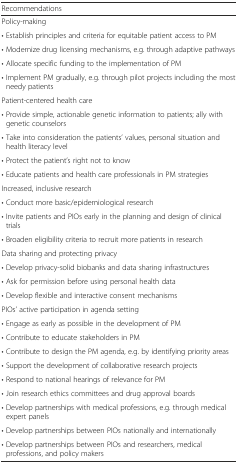
| Recommendations |
 | --- |
 | Policy-making |
 | • Establish principles and criteria for equitable patient access to PM |
 | • Modernize drug licensing mechanisms, e.g. through adaptive pathways |
 | • Allocate specific funding to the implementation of PM |
 | • Implement PM gradually, e.g. through pilot projects including the most needy patients |
 | Patient-centered health care |
 | • Provide simple, actionable genetic information to patients; ally with genetic counselors |
 | • Take into consideration the patients’ values, personal situation and health literacy level |
 | • Protect the patient’s right not to know |
 | • Educate patients and health care professionals in PM strategies |
 | Increased, inclusive research |
 | • Conduct more basic/epidemiological research |
 | • Invite patients and PIOs early in the planning and design of clinical trials |
 | • Broaden eligibility criteria to recruit more patients in research |
 | Data sharing and protecting privacy |
 | • Develop privacy-solid biobanks and data sharing infrastructures |
 | • Ask for permission before using personal health data |
 | • Develop flexible and interactive consent mechanisms |
 | PIOs’ active participation in agenda setting |
 | • Engage as early as possible in the development of PM |
 | • Contribute to educate stakeholders in PM |
 | • Contribute to design the PM agenda, e.g. by identifying priority areas |
 | • Support the development of collaborative research projects |
 | • Respond to national hearings of relevance for PM |
 | • Join research ethics committees and drug approval boards |
 | • Develop partnerships with medical professions, e.g. through medical expert panels |
 | • Develop partnerships between PIOs nationally and internationally |
 | • Develop partnerships between PIOs and researchers, medical professions, and policy makers |